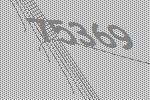
75369